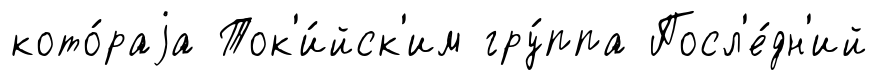
кото́раjа Ток'и́йск'им гру́ппа Посл'е́дн'ий